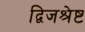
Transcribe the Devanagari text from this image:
द्विजश्रेष्ट